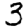
Digit: 3